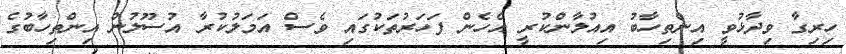
ހިރިގާ ވިދާޅުވީ އިންތިހާބު އިއުލާންކުރީ އެހެން ފަހަރުތަކުގައި ވެސް އަމަލުކުރާ އުސޫލުން އިންތިހާބުގެ